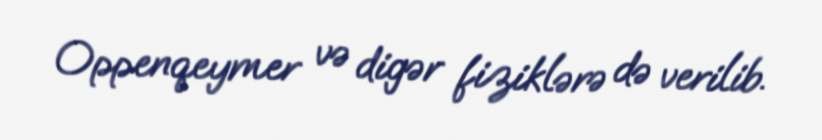
Oppenqeymer və digər fiziklərə də verilib.